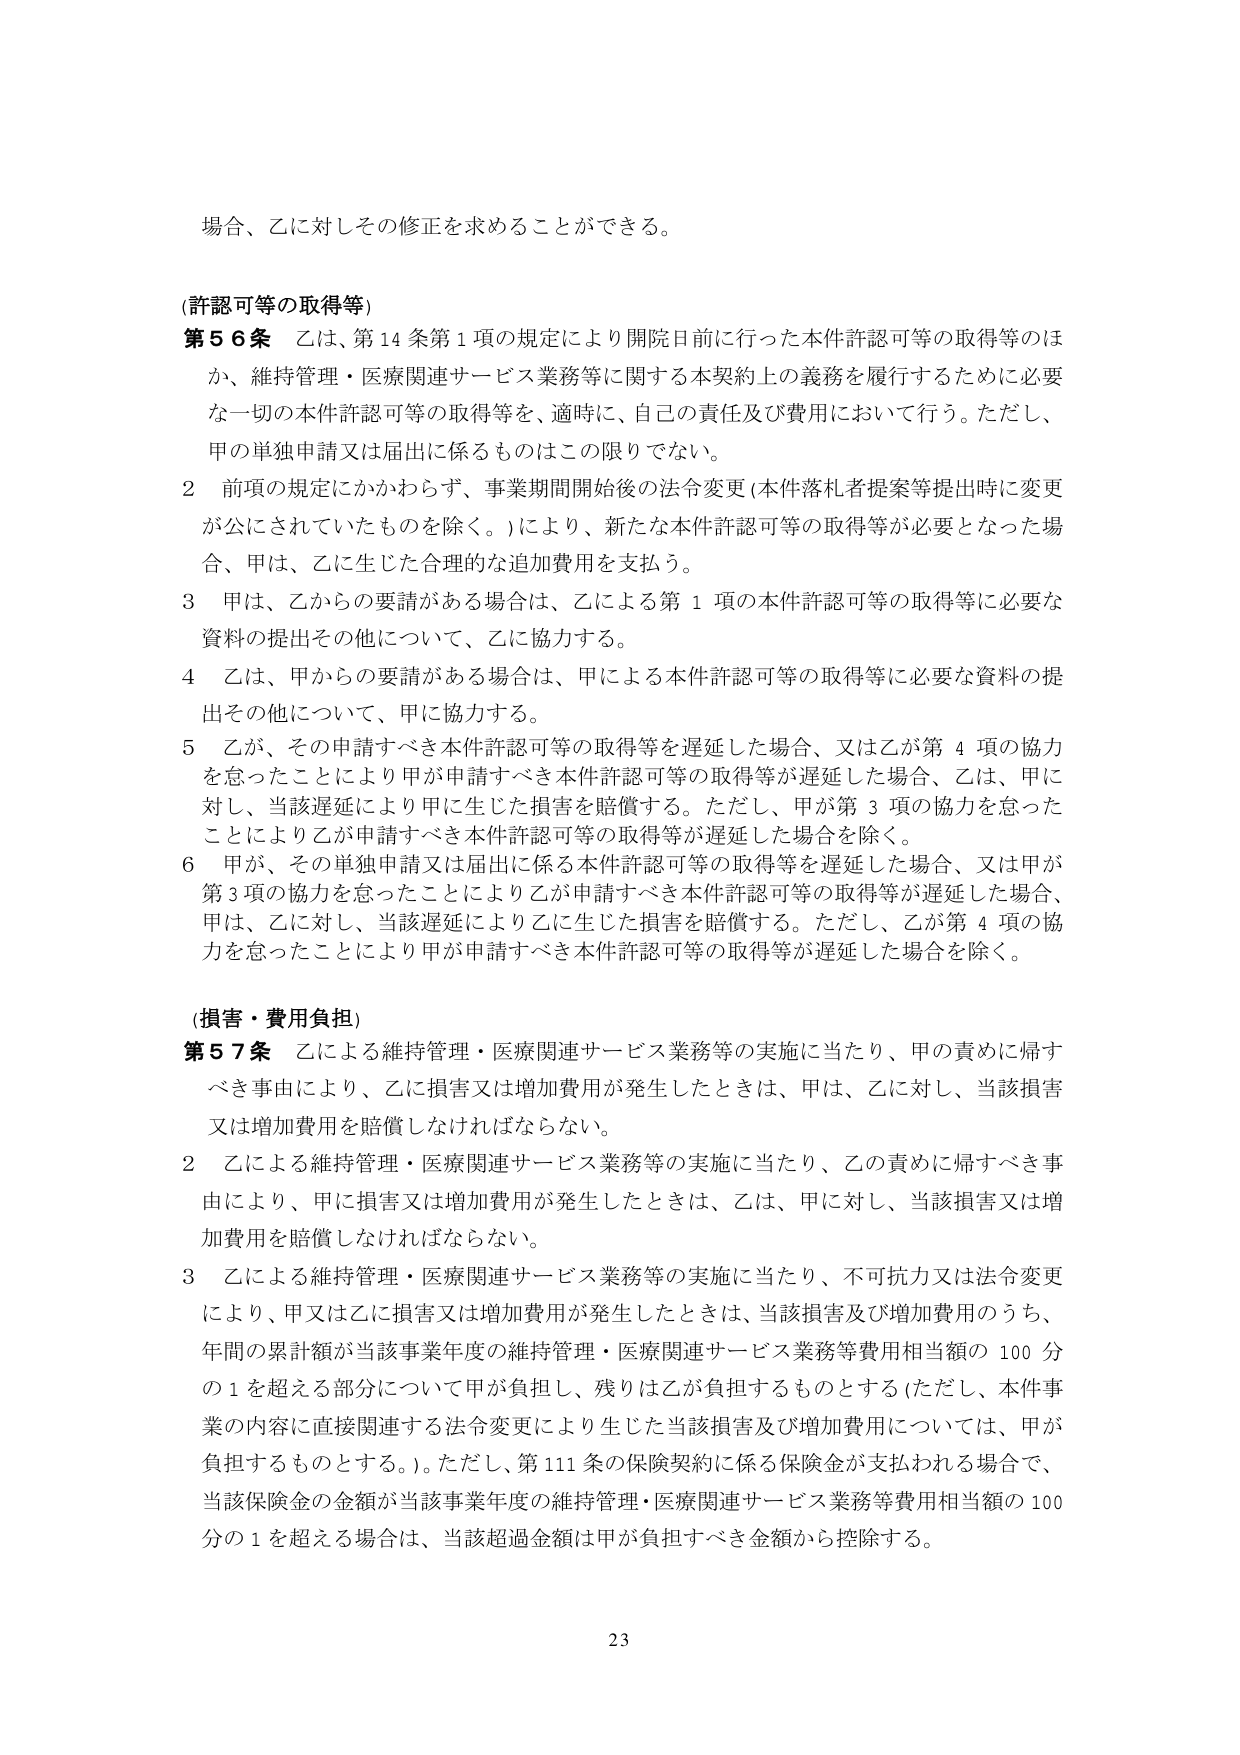
場合、乙に対しその修正を求めることができる。

(許認可等の取得等)
第56条 乙は、第14条第1項の規定により開院日前に行った本件許認可等の取得等のほか、維持管理・医療関連サービス業務等に関する本契約上の義務を履行するために必要な一切の本件許認可等の取得等を、適時に、自己の責任及び費用において行う。ただし、甲の単独申請又は届出に係るものはこの限りでない。
2 前項の規定にかかわらず、事業期間開始後の法令変更（本件落札者提案等提出時に変更が公にされていたものを除く。）により、新たな本件許認可等の取得等が必要となった場合、甲は、乙に生じた合理的な追加費用を支払う。
3 甲は、乙からの要請がある場合は、乙による第1項の本件許認可等の取得等に必要な資料の提出その他について、乙に協力する。
4 乙は、甲からの要請がある場合は、甲による本件許認可等の取得等に必要な資料の提出その他について、甲に協力する。
5 乙が、その申請すべき本件許認可等の取得等を遅延した場合、又は乙が第4項の協力を怠ったことにより甲が申請すべき本件許認可等の取得等が遅延した場合、乙は、甲に対し、当該遅延により甲に生じた損害を賠償する。ただし、甲が第3項の協力を怠ったことにより乙が申請すべき本件許認可等の取得等が遅延した場合を除く。
6 甲が、その単独申請又は届出に係る本件許認可等の取得等を遅延した場合、又は甲が第3項の協力を怠ったことにより乙が申請すべき本件許認可等の取得等が遅延した場合、甲は、乙に対し、当該遅延により乙に生じた損害を賠償する。ただし、乙が第4項の協力を怠ったことにより甲が申請すべき本件許認可等の取得等が遅延した場合を除く。

(損害・費用負担)
第57条 乙による維持管理・医療関連サービス業務等の実施に当たり、甲の責めに帰すべき事由により、乙に損害又は増加費用が発生したときは、甲は、乙に対し、当該損害又は増加費用を賠償しなければならない。
2 乙による維持管理・医療関連サービス業務等の実施に当たり、乙の責めに帰すべき事由により、甲に損害又は増加費用が発生したときは、乙は、甲に対し、当該損害又は増加費用を賠償しなければならない。
3 乙による維持管理・医療関連サービス業務等の実施に当たり、不可抗力又は法令変更により、甲又は乙に損害又は増加費用が発生したときは、当該損害及び増加費用のうち、年間の累計額が当該事業年度の維持管理・医療関連サービス業務等費用相当額の100分の1を超える部分について甲が負担し、残りは乙が負担するものとする（ただし、本件事業の内容に直接関連する法令変更により生じた当該損害及び増加費用については、甲が負担するものとする。）。ただし、第111条の保険契約に係る保険金が支払われる場合で、当該保険金の金額が当該事業年度の維持管理・医療関連サービス業務等費用相当額の100分の1を超える場合は、当該超過金額は甲が負担すべき金額から控除する。

23